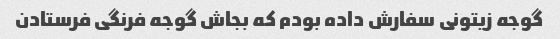
گوجه زیتونی سفارش داده بودم که بجاش گوجه فرنگی فرستادن